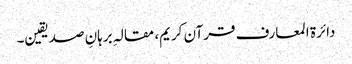
دائرة‌ المعارف قرآن کریم، مقالہِ برہانِ صدیقین۔